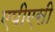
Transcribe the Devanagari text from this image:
एपीएसी